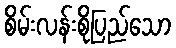
စိမ်းလန်းစိုပြည်သော